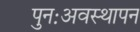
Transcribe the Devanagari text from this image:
पुनःअवस्थापन